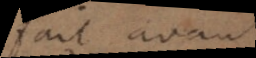
fait avant